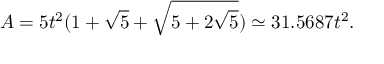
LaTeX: A = { 5 } t ^ { 2 } ( 1 + { \sqrt { 5 } } + { \sqrt { 5 + 2 { \sqrt { 5 } } } } ) \simeq 3 1 . 5 6 8 7 t ^ { 2 } .